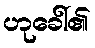
ဟုခေါ်၏